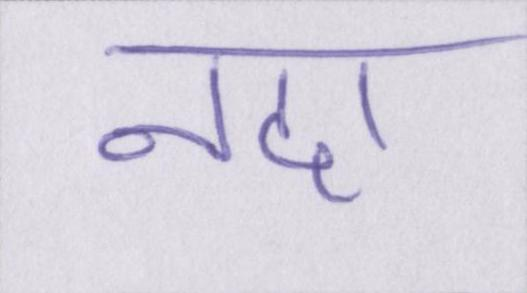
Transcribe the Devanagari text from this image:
नदा